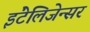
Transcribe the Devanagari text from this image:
इंटेलिजेन्सर